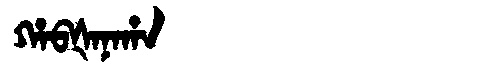
Manchu: ᡥᠠᠪᡧᠠᠨᠠᡥᠠ
Romanization: HABŠANAHA